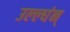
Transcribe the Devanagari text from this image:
उल्ल्घंन्